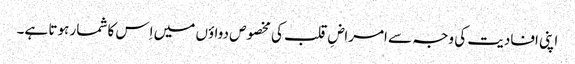
اپنی افادیت کی وجہ سے امراضِ قلب کی مخصوص دواؤں میں اِس کا شمار ہوتا ہے۔